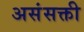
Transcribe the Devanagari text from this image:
असंसक्ती